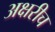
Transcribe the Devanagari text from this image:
अक्षरीच